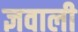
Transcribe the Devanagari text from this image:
ज्ञवाली